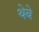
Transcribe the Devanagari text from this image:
थेबे